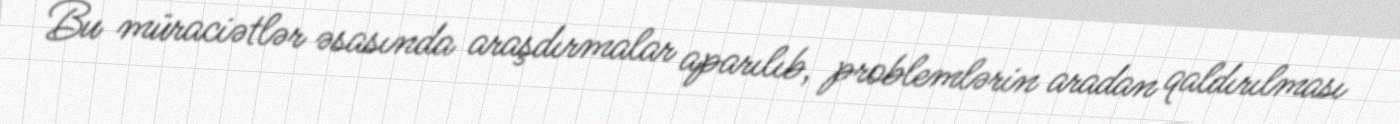
Bu müraciətlər əsasında araşdırmalar aparılıb, problemlərin aradan qaldırılması